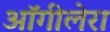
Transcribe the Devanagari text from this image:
ऑगीलेरा